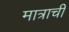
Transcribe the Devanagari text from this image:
मात्राची